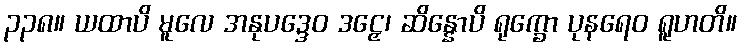
၃၃၈။ ယထာပိ မူလေ အနုပဒ္ဒေဝ ဒဠှေ၊ ဆိန္နောပိ ရုက္ခော ပုနရေဝ ရူဟတိ။